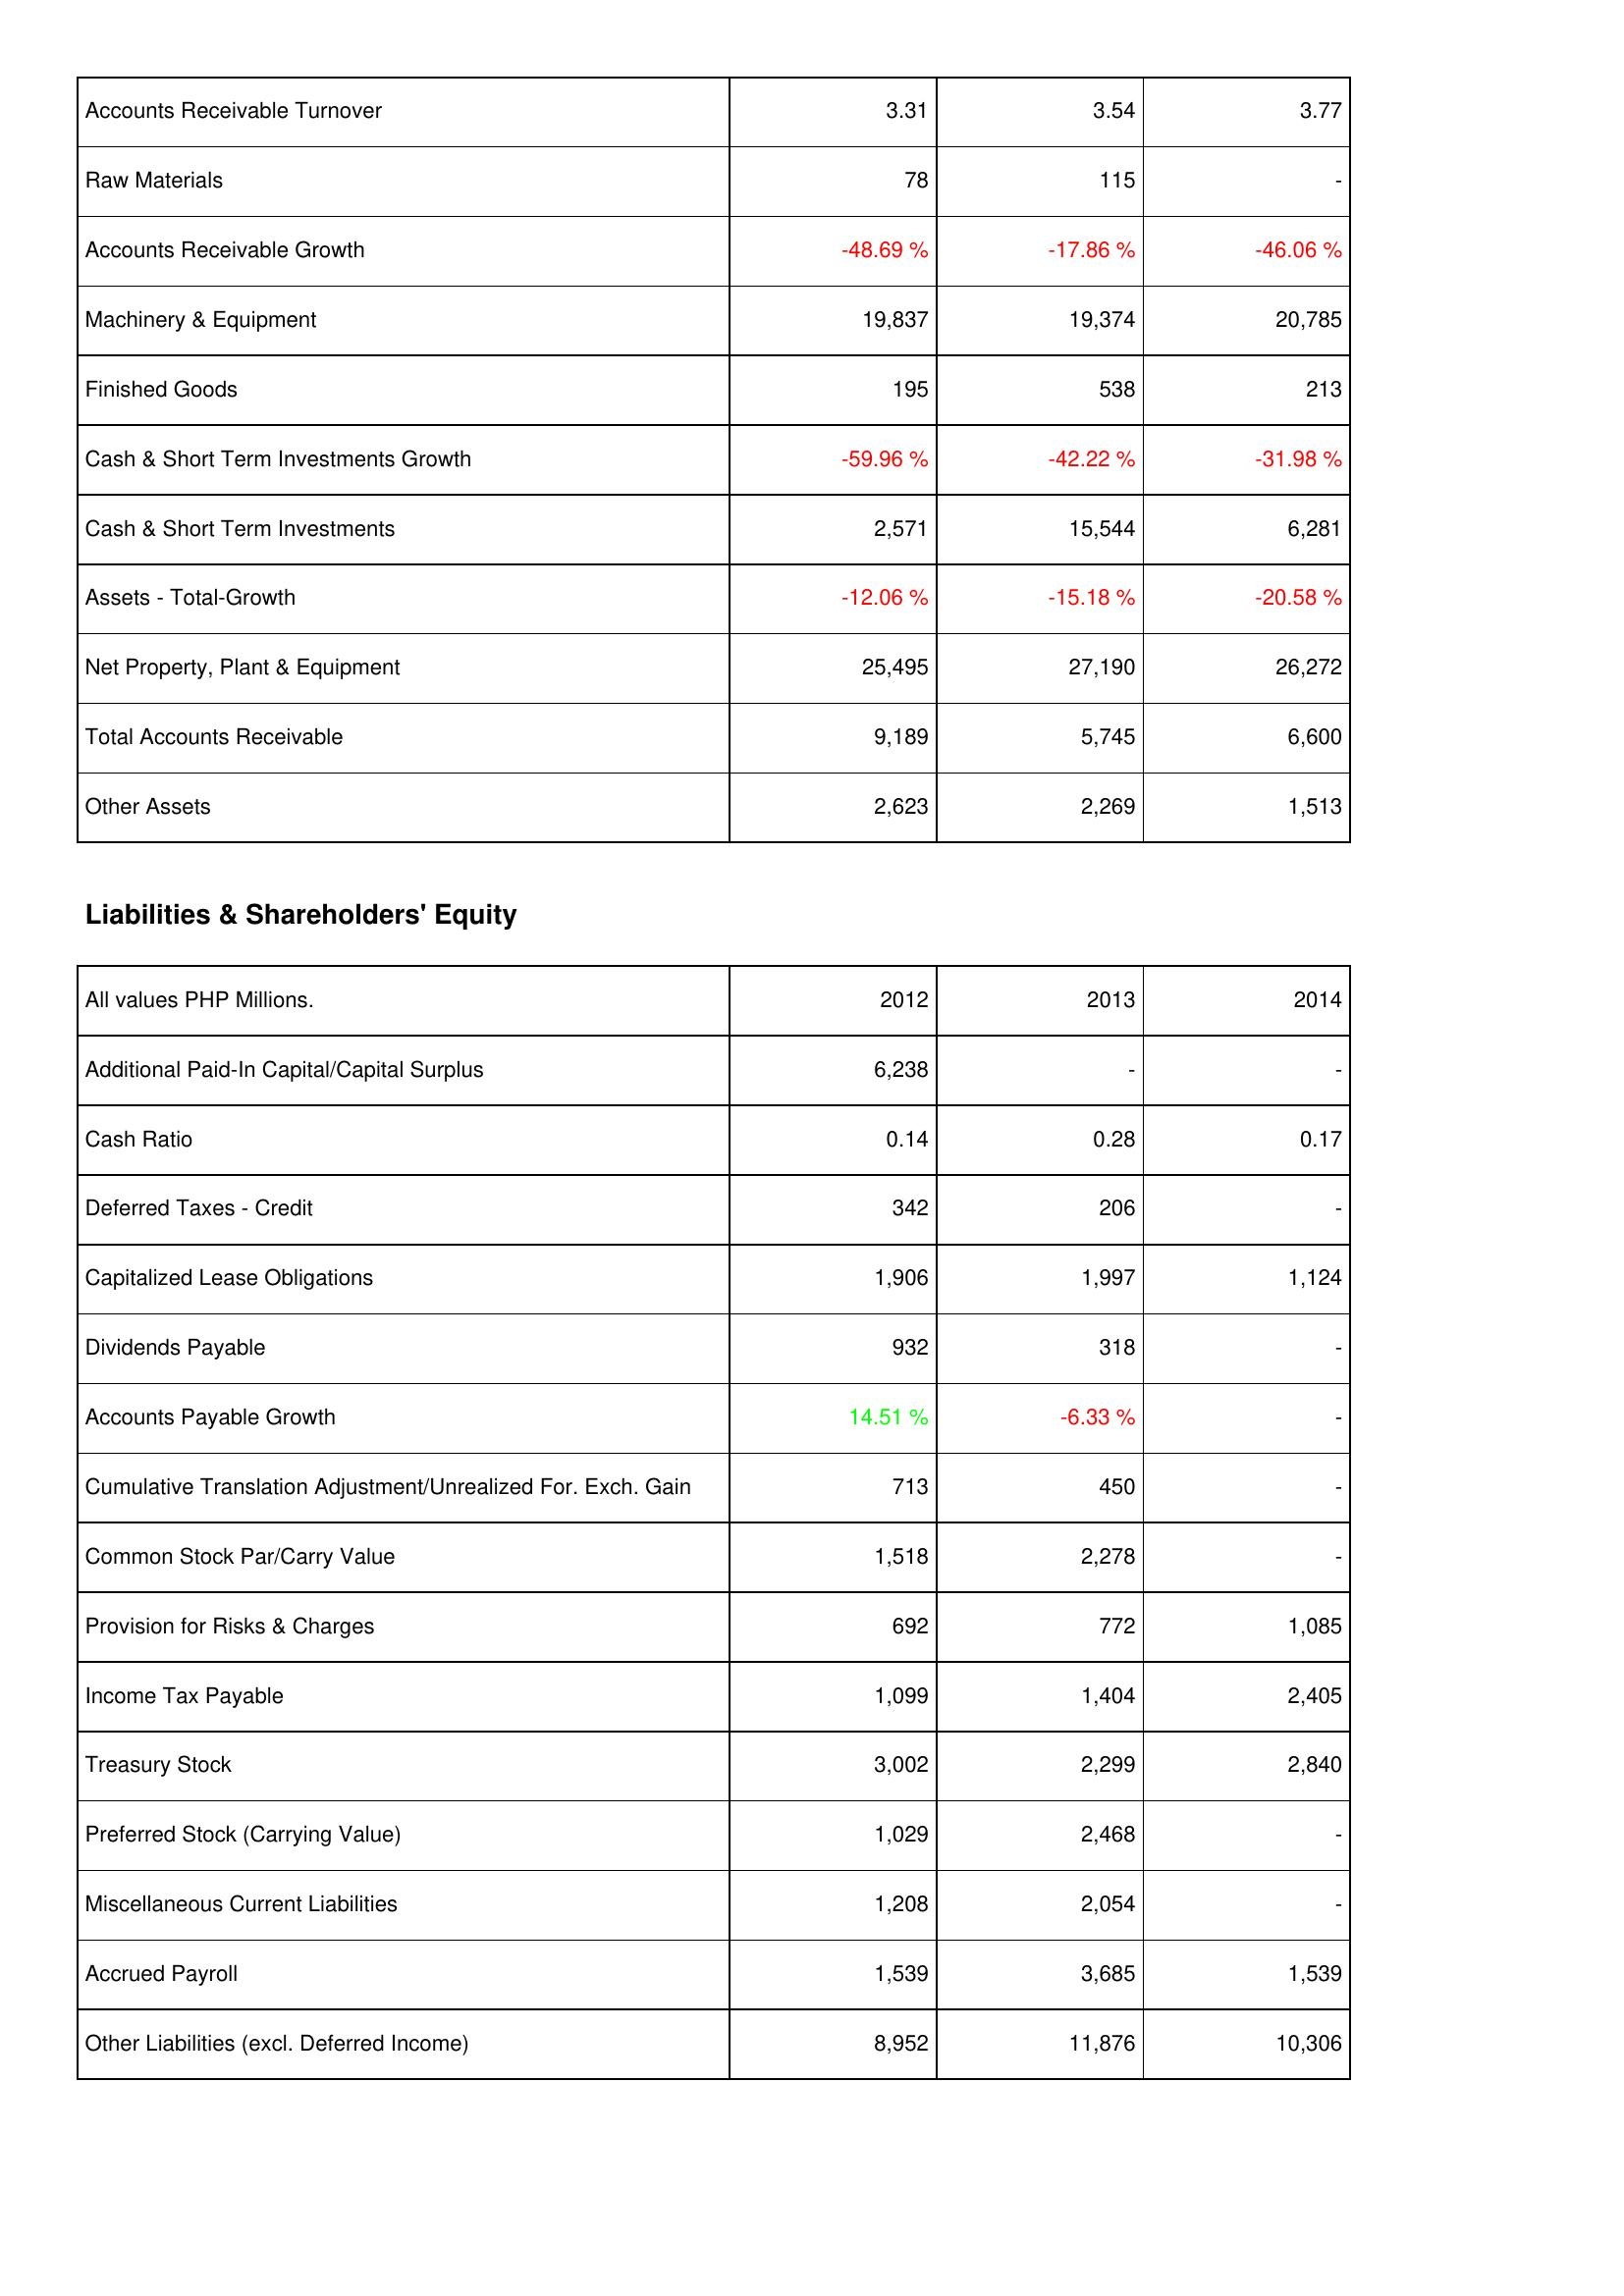
2012: Assets: Accounts Receivable Turnover: 3.31
Raw Materials: 78
Accounts Receivable Growth: -48.69 %
Machinery & Equipment: 19,837
Finished Goods: 195
Cash & Short Term Investments Growth: -59.96 %
Cash & Short Term Investments: 2,571
Assets - Total-Growth: -12.06 %
Net Property, Plant & Equipment: 25,495
Total Accounts Receivable: 9,189
Other Assets: 2,623
Liabilities & Shareholders' Equity: Additional Paid-In Capital/Capital Surplus: 6,238
Cash Ratio: 0.14
Deferred Taxes - Credit: 342
Capitalized Lease Obligations: 1,906
Dividends Payable: 932
Accounts Payable Growth: 14.51 %
Cumulative Translation Adjustment/Unrealized For. Exch. Gain: 713
Common Stock Par/Carry Value: 1,518
Provision for Risks & Charges: 692
Income Tax Payable: 1,099
Treasury Stock: 3,002
Preferred Stock (Carrying Value): 1,029
Miscellaneous Current Liabilities: 1,208
Accrued Payroll: 1,539
Other Liabilities (excl. Deferred Income): 8,952
2013: Assets: Accounts Receivable Turnover: 3.54
Raw Materials: 115
Accounts Receivable Growth: -17.86 %
Machinery & Equipment: 19,374
Finished Goods: 538
Cash & Short Term Investments Growth: -42.22 %
Cash & Short Term Investments: 15,544
Assets - Total-Growth: -15.18 %
Net Property, Plant & Equipment: 27,190
Total Accounts Receivable: 5,745
Other Assets: 2,269
Liabilities & Shareholders' Equity: Additional Paid-In Capital/Capital Surplus: -
Cash Ratio: 0.28
Deferred Taxes - Credit: 206
Capitalized Lease Obligations: 1,997
Dividends Payable: 318
Accounts Payable Growth: -6.33 %
Cumulative Translation Adjustment/Unrealized For. Exch. Gain: 450
Common Stock Par/Carry Value: 2,278
Provision for Risks & Charges: 772
Income Tax Payable: 1,404
Treasury Stock: 2,299
Preferred Stock (Carrying Value): 2,468
Miscellaneous Current Liabilities: 2,054
Accrued Payroll: 3,685
Other Liabilities (excl. Deferred Income): 11,876
2014: Assets: Accounts Receivable Turnover: 3.77
Raw Materials: -
Accounts Receivable Growth: -46.06 %
Machinery & Equipment: 20,785
Finished Goods: 213
Cash & Short Term Investments Growth: -31.98 %
Cash & Short Term Investments: 6,281
Assets - Total-Growth: -20.58 %
Net Property, Plant & Equipment: 26,272
Total Accounts Receivable: 6,600
Other Assets: 1,513
Liabilities & Shareholders' Equity: Additional Paid-In Capital/Capital Surplus: -
Cash Ratio: 0.17
Deferred Taxes - Credit: -
Capitalized Lease Obligations: 1,124
Dividends Payable: -
Accounts Payable Growth: -
Cumulative Translation Adjustment/Unrealized For. Exch. Gain: -
Common Stock Par/Carry Value: -
Provision for Risks & Charges: 1,085
Income Tax Payable: 2,405
Treasury Stock: 2,840
Preferred Stock (Carrying Value): -
Miscellaneous Current Liabilities: -
Accrued Payroll: 1,539
Other Liabilities (excl. Deferred Income): 10,306